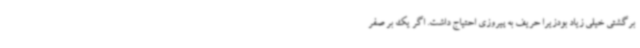
برگشتی خیلی زیاد بودزیرا حریف به پیروزی احتیاج داشت. اگر یک بر صفر